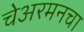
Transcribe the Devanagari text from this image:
चेअरमनचा